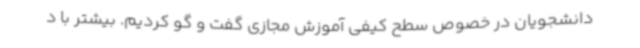
دانشجویان در خصوص سطح کیفی آموزش مجازی گفت و گو کردیم. بیشتر با د